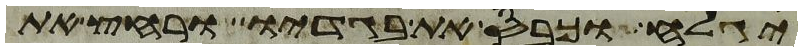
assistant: יגלח וכבס את בגדיו ורחץ את